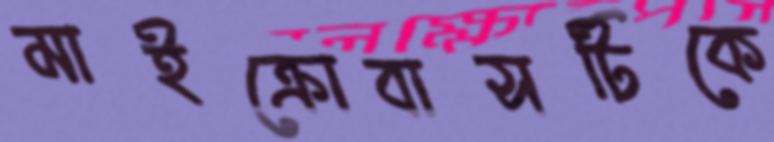
মাইক্রোবাসটিকে